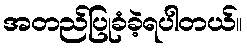
အတည်ပြုခံခဲ့ရပါတယ်။